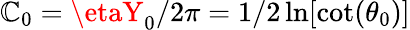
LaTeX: \mathbb{C}_{0}=\etaY_{0}/2\pi=1/2\ln[\cot(\theta_{0})]